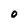
Character: O